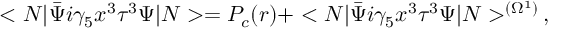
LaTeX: < N | \bar { \Psi } i \gamma _ { 5 } x ^ { 3 } \tau ^ { 3 } \Psi | N > = P _ { c } ( r ) + < N | \bar { \Psi } i \gamma _ { 5 } x ^ { 3 } \tau ^ { 3 } \Psi | N > ^ { ( \Omega ^ { 1 } ) } \, ,